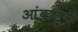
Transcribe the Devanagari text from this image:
आंबाडवे